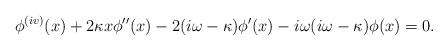
LaTeX: \begin{align*}\phi^{(iv)}(x) + 2 \kappa x \phi^{\prime \prime}(x) - 2(i \omega - \kappa)\phi^{\prime}(x) -i \omega (i \omega - \kappa)\phi(x) = 0.\end{align*}